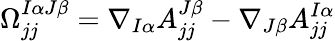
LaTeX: \Omega_{jj}^{I\alpha J\beta}=\nabla_{I\alpha}A_{jj}^{J\beta}-\nabla_{J\beta}A_{jj}^{I\alpha}